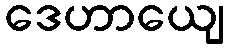
ဒေဟာယျေ